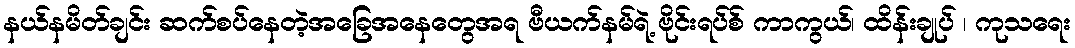
နယ်နမိတ်ချင်း ဆက်စပ်နေတဲ့အခြေအနေတွေအရ ဗီယက်နမ်ရဲ့ ဗိုင်းရပ်စ် ကာကွယ်၊ ထိန်းချုပ် ၊ ကုသရေး